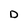
Character: D